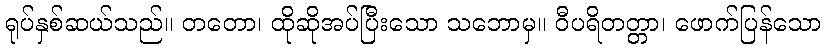
ရုပ်နှစ်ဆယ်သည်။ တတော၊ ထိုဆိုအပ်ပြီးသော သဘောမှ။ ဝီပရိတတ္တာ၊ ဖောက်ပြန်သော